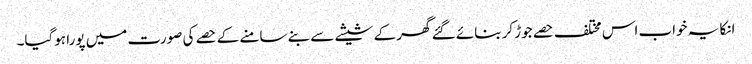
انکا یہ خواب اس مختلف حصے جوڑ کر بنائے گئے گھر کے شیشے سے بنے سامنے کے حصے کی صورت میں پورا ہوگیا۔